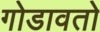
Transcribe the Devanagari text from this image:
गोडावतो